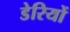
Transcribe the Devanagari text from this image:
डेरियों